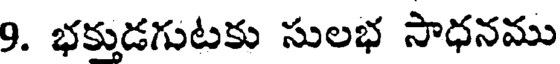
9. భక్తుడగుటకు సులభ సాధనము